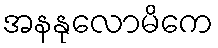
အနနုလောမိကေ